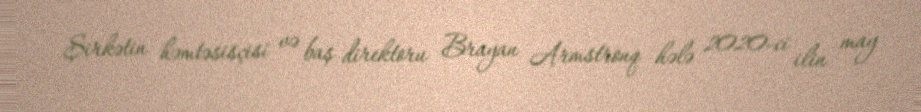
Şirkətin həmtəsisçisi və baş direktoru Brayan Armstronq hələ 2020-ci ilin may